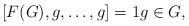
LaTeX: \begin{align*}[F(G), g, \dots , g]=1 g\in G, \end{align*}